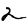
Digit: 2